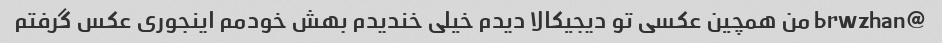
@brwzhan من همچین عکسی تو دیجیکالا دیدم خیلی خندیدم بهش خودمم اینجوری عکس گرفتم